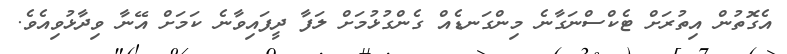
އެގޮތުން އިތުރަށް ޓެކްސްނަގާނެ މިންގަނޑެއް ގެންގުޅުމަށް ލަފާ ދީފައިވާނެ ކަމަށް އޭނާ ވިދާޅުވިއެވެ.